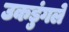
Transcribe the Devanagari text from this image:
उकडुंगले